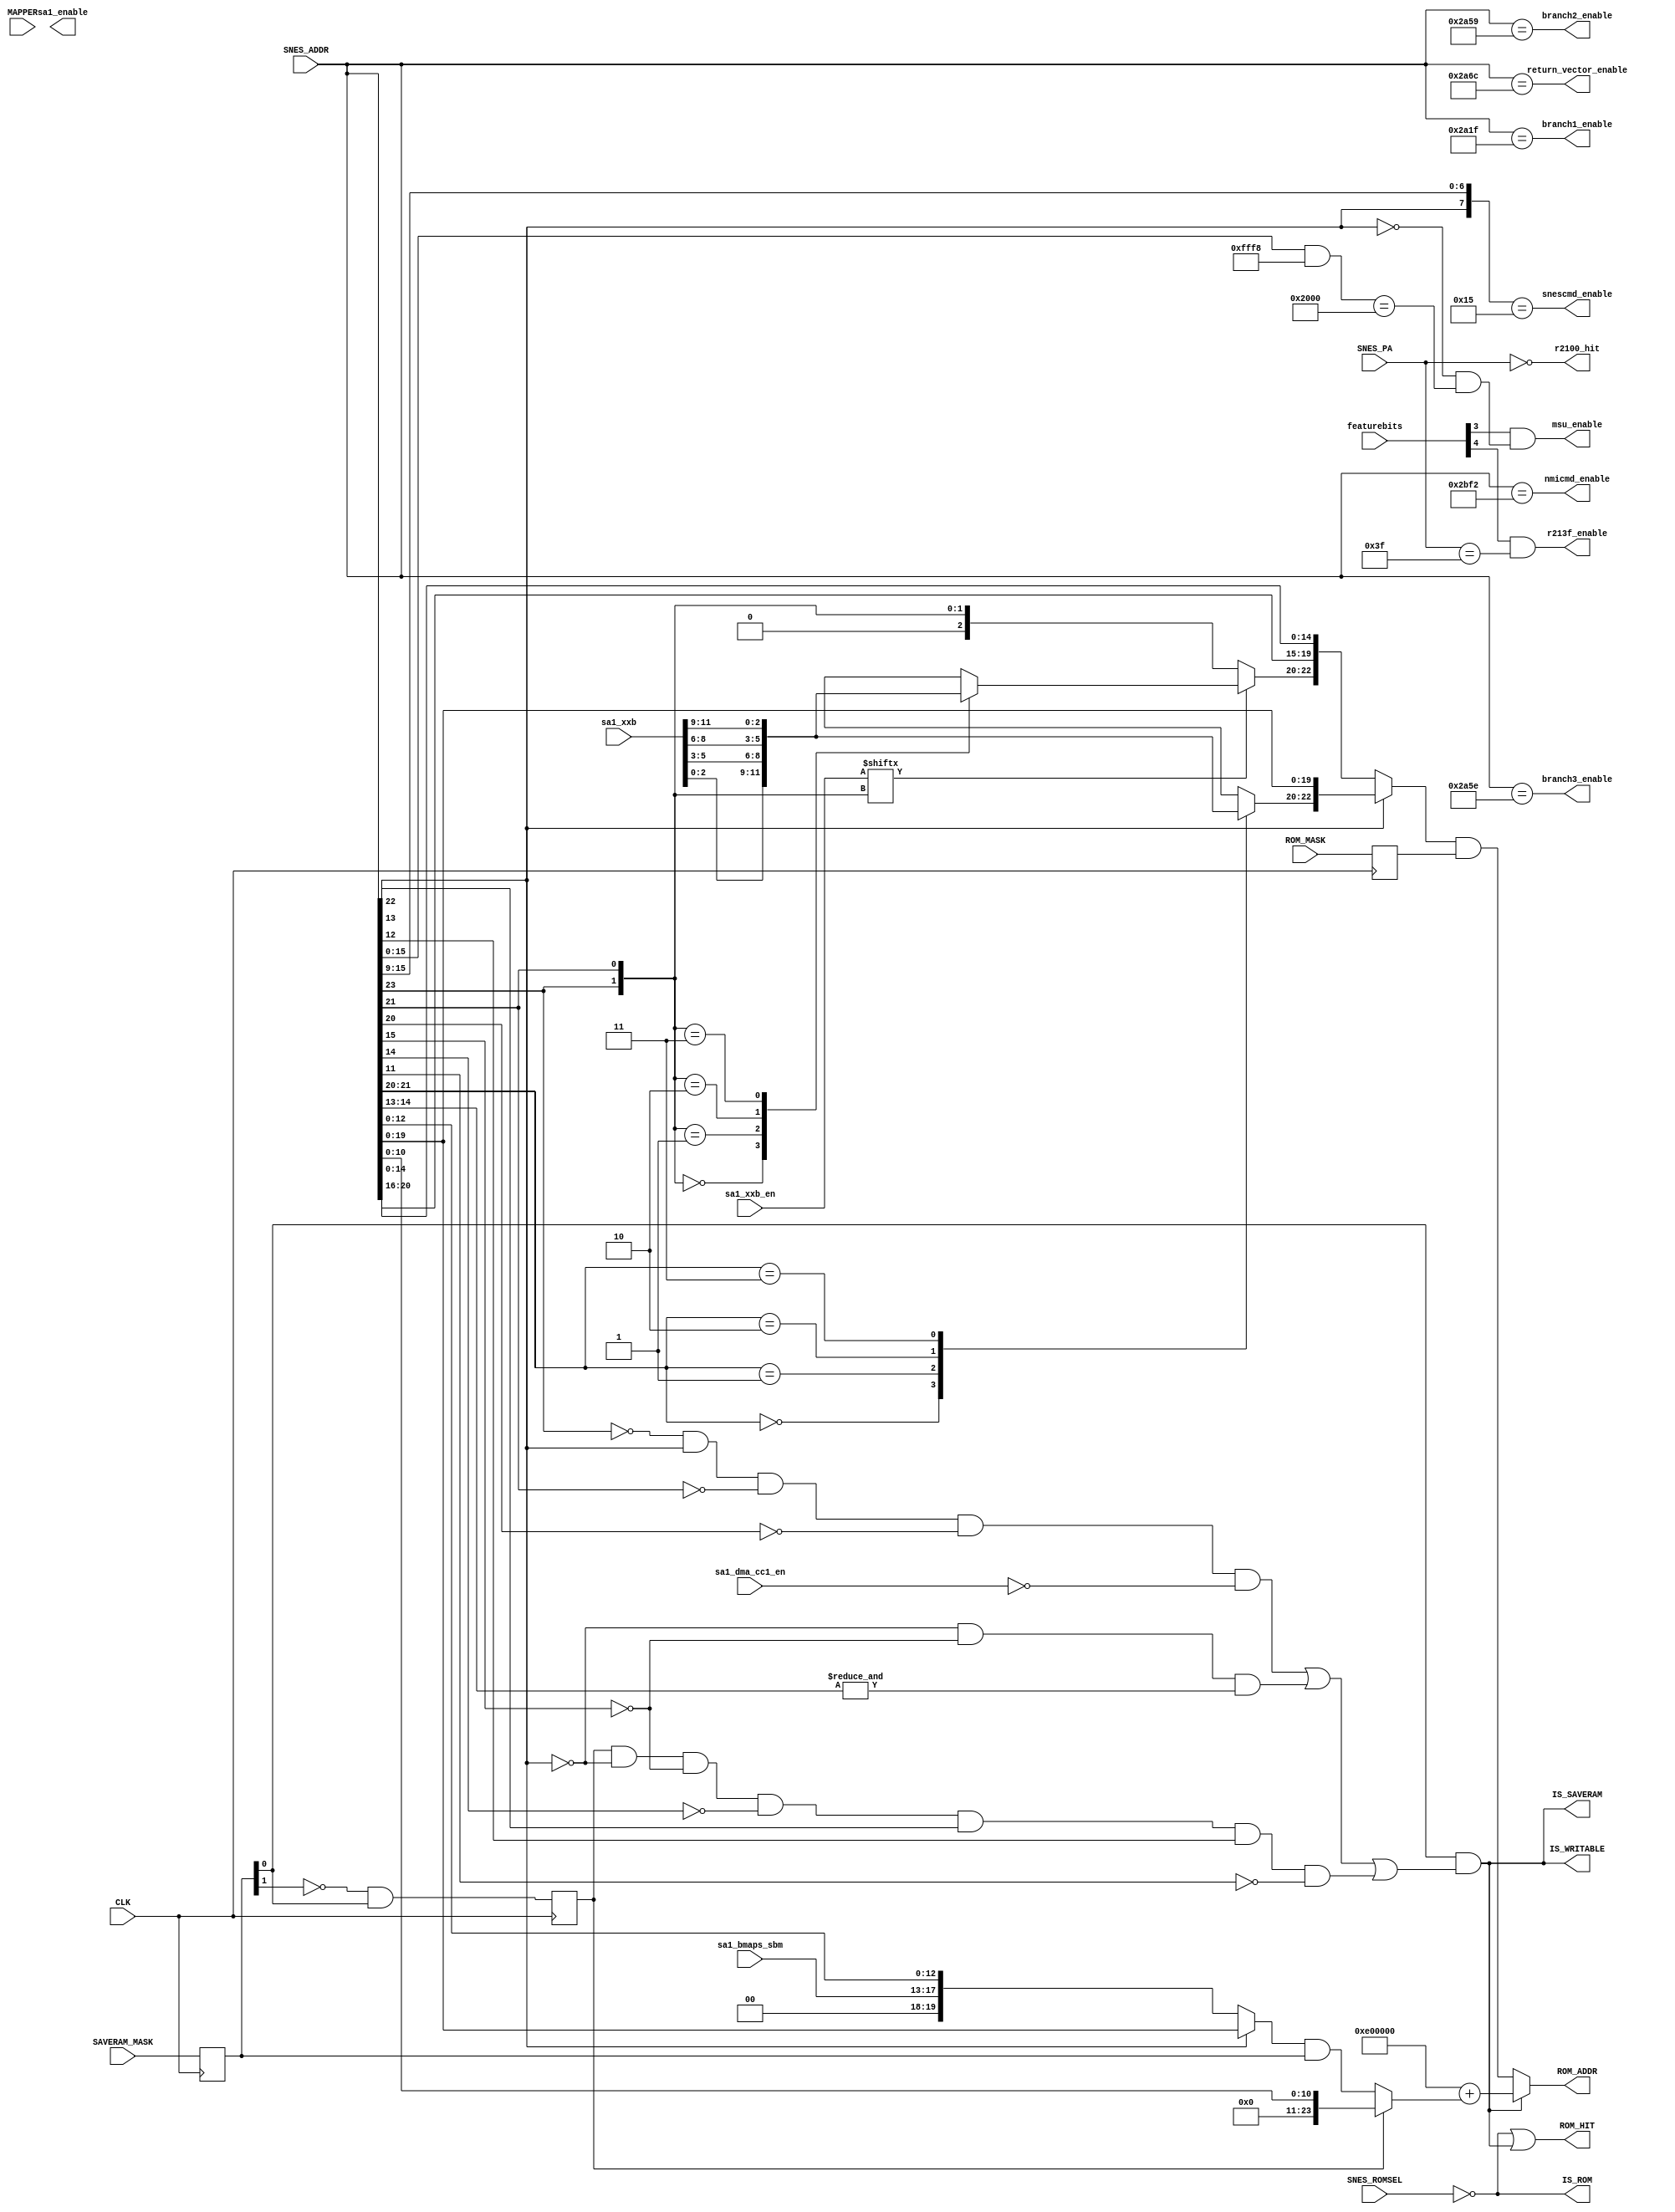
module address(
  input CLK,
  input [15:0] featurebits,  // peripheral enable/disable
  input [2:0] MAPPER,       // MCU detected mapper
  input [23:0] SNES_ADDR,   // requested address from SNES
  input [7:0] SNES_PA,      // peripheral address from SNES
  input SNES_ROMSEL,        // ROMSEL from SNES
  output [23:0] ROM_ADDR,   // Address to request from SRAM0
  output ROM_HIT,           // enable SRAM0
  output IS_SAVERAM,        // address/CS mapped as SRAM?
  output IS_ROM,            // address mapped as ROM?
  output IS_WRITABLE,       // address somehow mapped as writable area?
  input [23:0] SAVERAM_MASK,
  input [23:0] ROM_MASK,
  output msu_enable,
  input [4:0] sa1_bmaps_sbm,
  input  sa1_dma_cc1_en,
  input [11:0] sa1_xxb,
  input [3:0] sa1_xxb_en,
//  output srtc_enable,
  output r213f_enable,
  output r2100_hit,
  output snescmd_enable,
  output nmicmd_enable,
  output return_vector_enable,
  output branch1_enable,
  output branch2_enable,
  output branch3_enable,
  output sa1_enable
);

parameter [2:0]
  //FEAT_DSPX = 0,
  //FEAT_ST0010 = 1,
  //FEAT_SRTC = 2,
  FEAT_MSU1 = 3,
  FEAT_213F = 4,
  FEAT_2100 = 6
 ;

// Static Inputs
reg [23:0] ROM_MASK_r     = 0;
reg [23:0] SAVERAM_MASK_r = 0;
reg        iram_battery_r = 0;

always @(posedge CLK) begin
  ROM_MASK_r     <= ROM_MASK;
  SAVERAM_MASK_r <= SAVERAM_MASK;
  iram_battery_r <= ~SAVERAM_MASK_r[1] & SAVERAM_MASK_r[0];
end

wire [23:0] SRAM_SNES_ADDR;

wire [2:0] xxb[3:0];
assign {xxb[3], xxb[2], xxb[1], xxb[0]} = sa1_xxb;
wire [3:0] xxb_en = sa1_xxb_en;

assign IS_ROM = ~SNES_ROMSEL;

assign IS_SAVERAM = SAVERAM_MASK_r[0]
                    & ( // 40-4F:0000-FFFF
                        ( ~SNES_ADDR[23]
                        &  SNES_ADDR[22]
                        & ~SNES_ADDR[21]
                        & ~SNES_ADDR[20]
                        & ~sa1_dma_cc1_en
                        )
                        // 00-3F/80-BF:6000-7FFF
                      | ( ~SNES_ADDR[22]
                        & ~SNES_ADDR[15]
                        & &SNES_ADDR[14:13]
                        )
                      | ( iram_battery_r
                        & ~SNES_ADDR[22]
                        & ~SNES_ADDR[15]
                        & ~SNES_ADDR[14]
                        &  SNES_ADDR[13]
                        &  SNES_ADDR[12]
                        & ~SNES_ADDR[11]
                        )
                      );

assign IS_WRITABLE = IS_SAVERAM;

// TODO: add programmable address map
assign SRAM_SNES_ADDR = (IS_SAVERAM
                         // 40-4F:0000-FFFF or 00-3F/80-BF:6000-7FFF (first 8K mirror).  Mask handles mirroring.  60 is sa1-only
                         ? (24'hE00000 + (iram_battery_r ? SNES_ADDR[10:0] : ((SNES_ADDR[22] ? SNES_ADDR[19:0] : {sa1_bmaps_sbm,SNES_ADDR[12:0]}) & SAVERAM_MASK_r)))
                         // C0-FF:0000-FFFF or 00-3F/80-BF:8000-FFFF
                         : ((SNES_ADDR[22] ? {1'b0, xxb[SNES_ADDR[21:20]], SNES_ADDR[19:0]} : {1'b0, (xxb_en[{SNES_ADDR[23],SNES_ADDR[21]}] ? xxb[{SNES_ADDR[23],SNES_ADDR[21]}] : {1'b0,SNES_ADDR[23],SNES_ADDR[21]}), SNES_ADDR[20:16], SNES_ADDR[14:0]}) & ROM_MASK_r)
                         );

assign ROM_ADDR = SRAM_SNES_ADDR;

assign ROM_HIT = IS_ROM | IS_WRITABLE;

assign msu_enable = featurebits[FEAT_MSU1] & (!SNES_ADDR[22] && ((SNES_ADDR[15:0] & 16'hfff8) == 16'h2000));
assign r213f_enable = featurebits[FEAT_213F] & (SNES_PA == 8'h3f);
assign r2100_hit = (SNES_PA == 8'h00);
assign snescmd_enable = ({SNES_ADDR[22], SNES_ADDR[15:9]} == 8'b0_0010101);
assign nmicmd_enable = (SNES_ADDR == 24'h002BF2);
assign return_vector_enable = (SNES_ADDR == 24'h002A6C);
assign branch1_enable = (SNES_ADDR == 24'h002A1F);
assign branch2_enable = (SNES_ADDR == 24'h002A59);
assign branch3_enable = (SNES_ADDR == 24'h002A5E);
endmodule